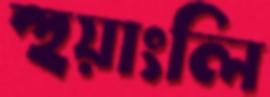
হুয়াংলি